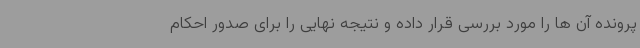
پرونده آن ها را مورد بررسی قرار داده و نتیجه نهایی را برای صدور احکام